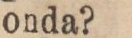
onda?